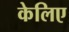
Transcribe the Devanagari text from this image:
केलिए